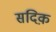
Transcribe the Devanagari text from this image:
सदिक़